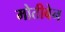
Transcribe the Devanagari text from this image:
मोतीबेन